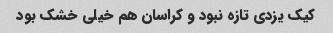
کیک یزدی تازه نبود و کراسان هم خیلی خشک بود